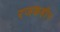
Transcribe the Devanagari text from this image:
रजकहीन